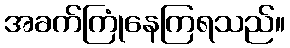
အခက်ကြုံနေကြရသည်။